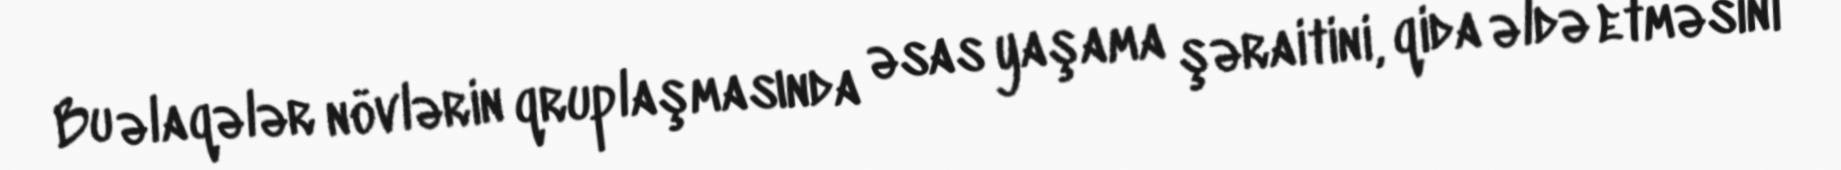
Bu əlaqələr növlərin qruplaşmasında əsas yaşama şəraitini, qida əldə etməsini